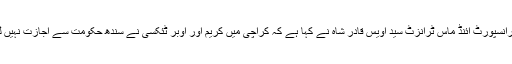
22 اکتوبر2018ء) سندھ کے وزیر ٹرانسپورٹ ائنڈ ماس ٹرانزٹ سید اویس قادر شاہ نے کہا ہے کہ کراچی میں کریم اور اوبر ٹئکسی نے سندھ حکومت سے اجازت نہیں لی اسے ایک ہفتے کی مہلت دیتے ہیں۔